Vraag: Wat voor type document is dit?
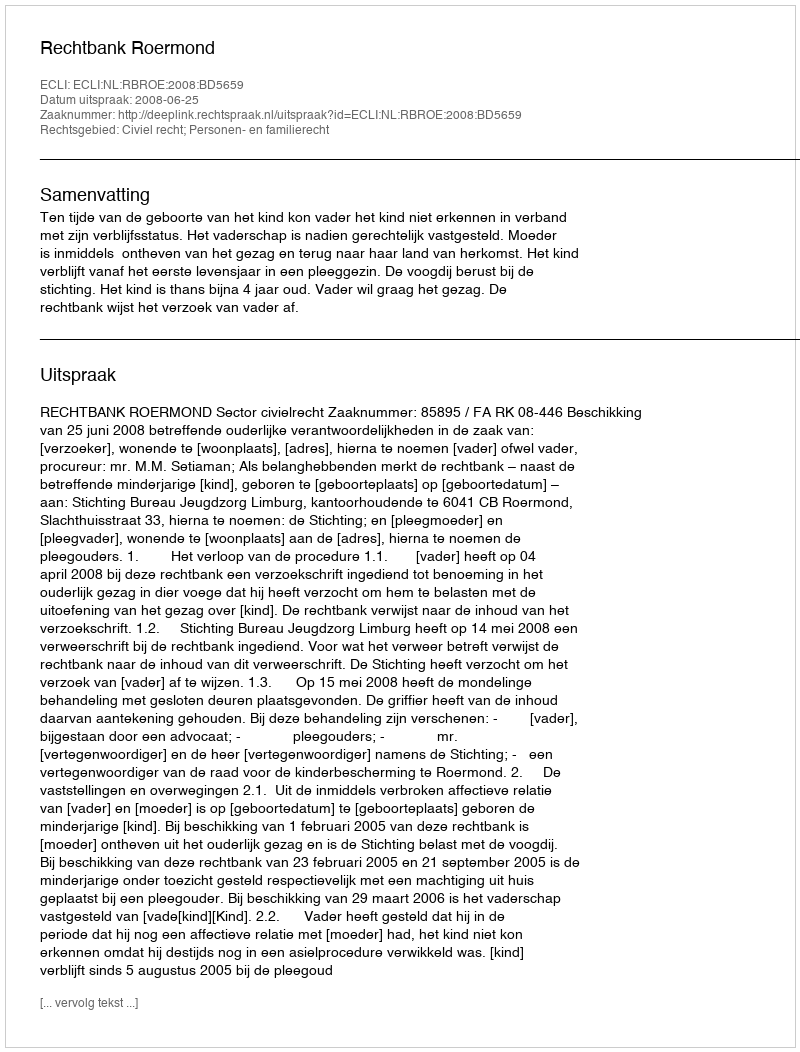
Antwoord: Uitspraak